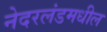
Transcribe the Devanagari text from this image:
नेदरलंडमधील